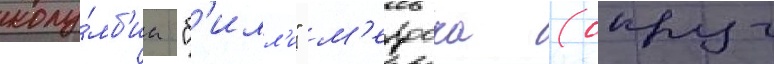
колу́мб'иа "б'илл'и" м'ердока (округ